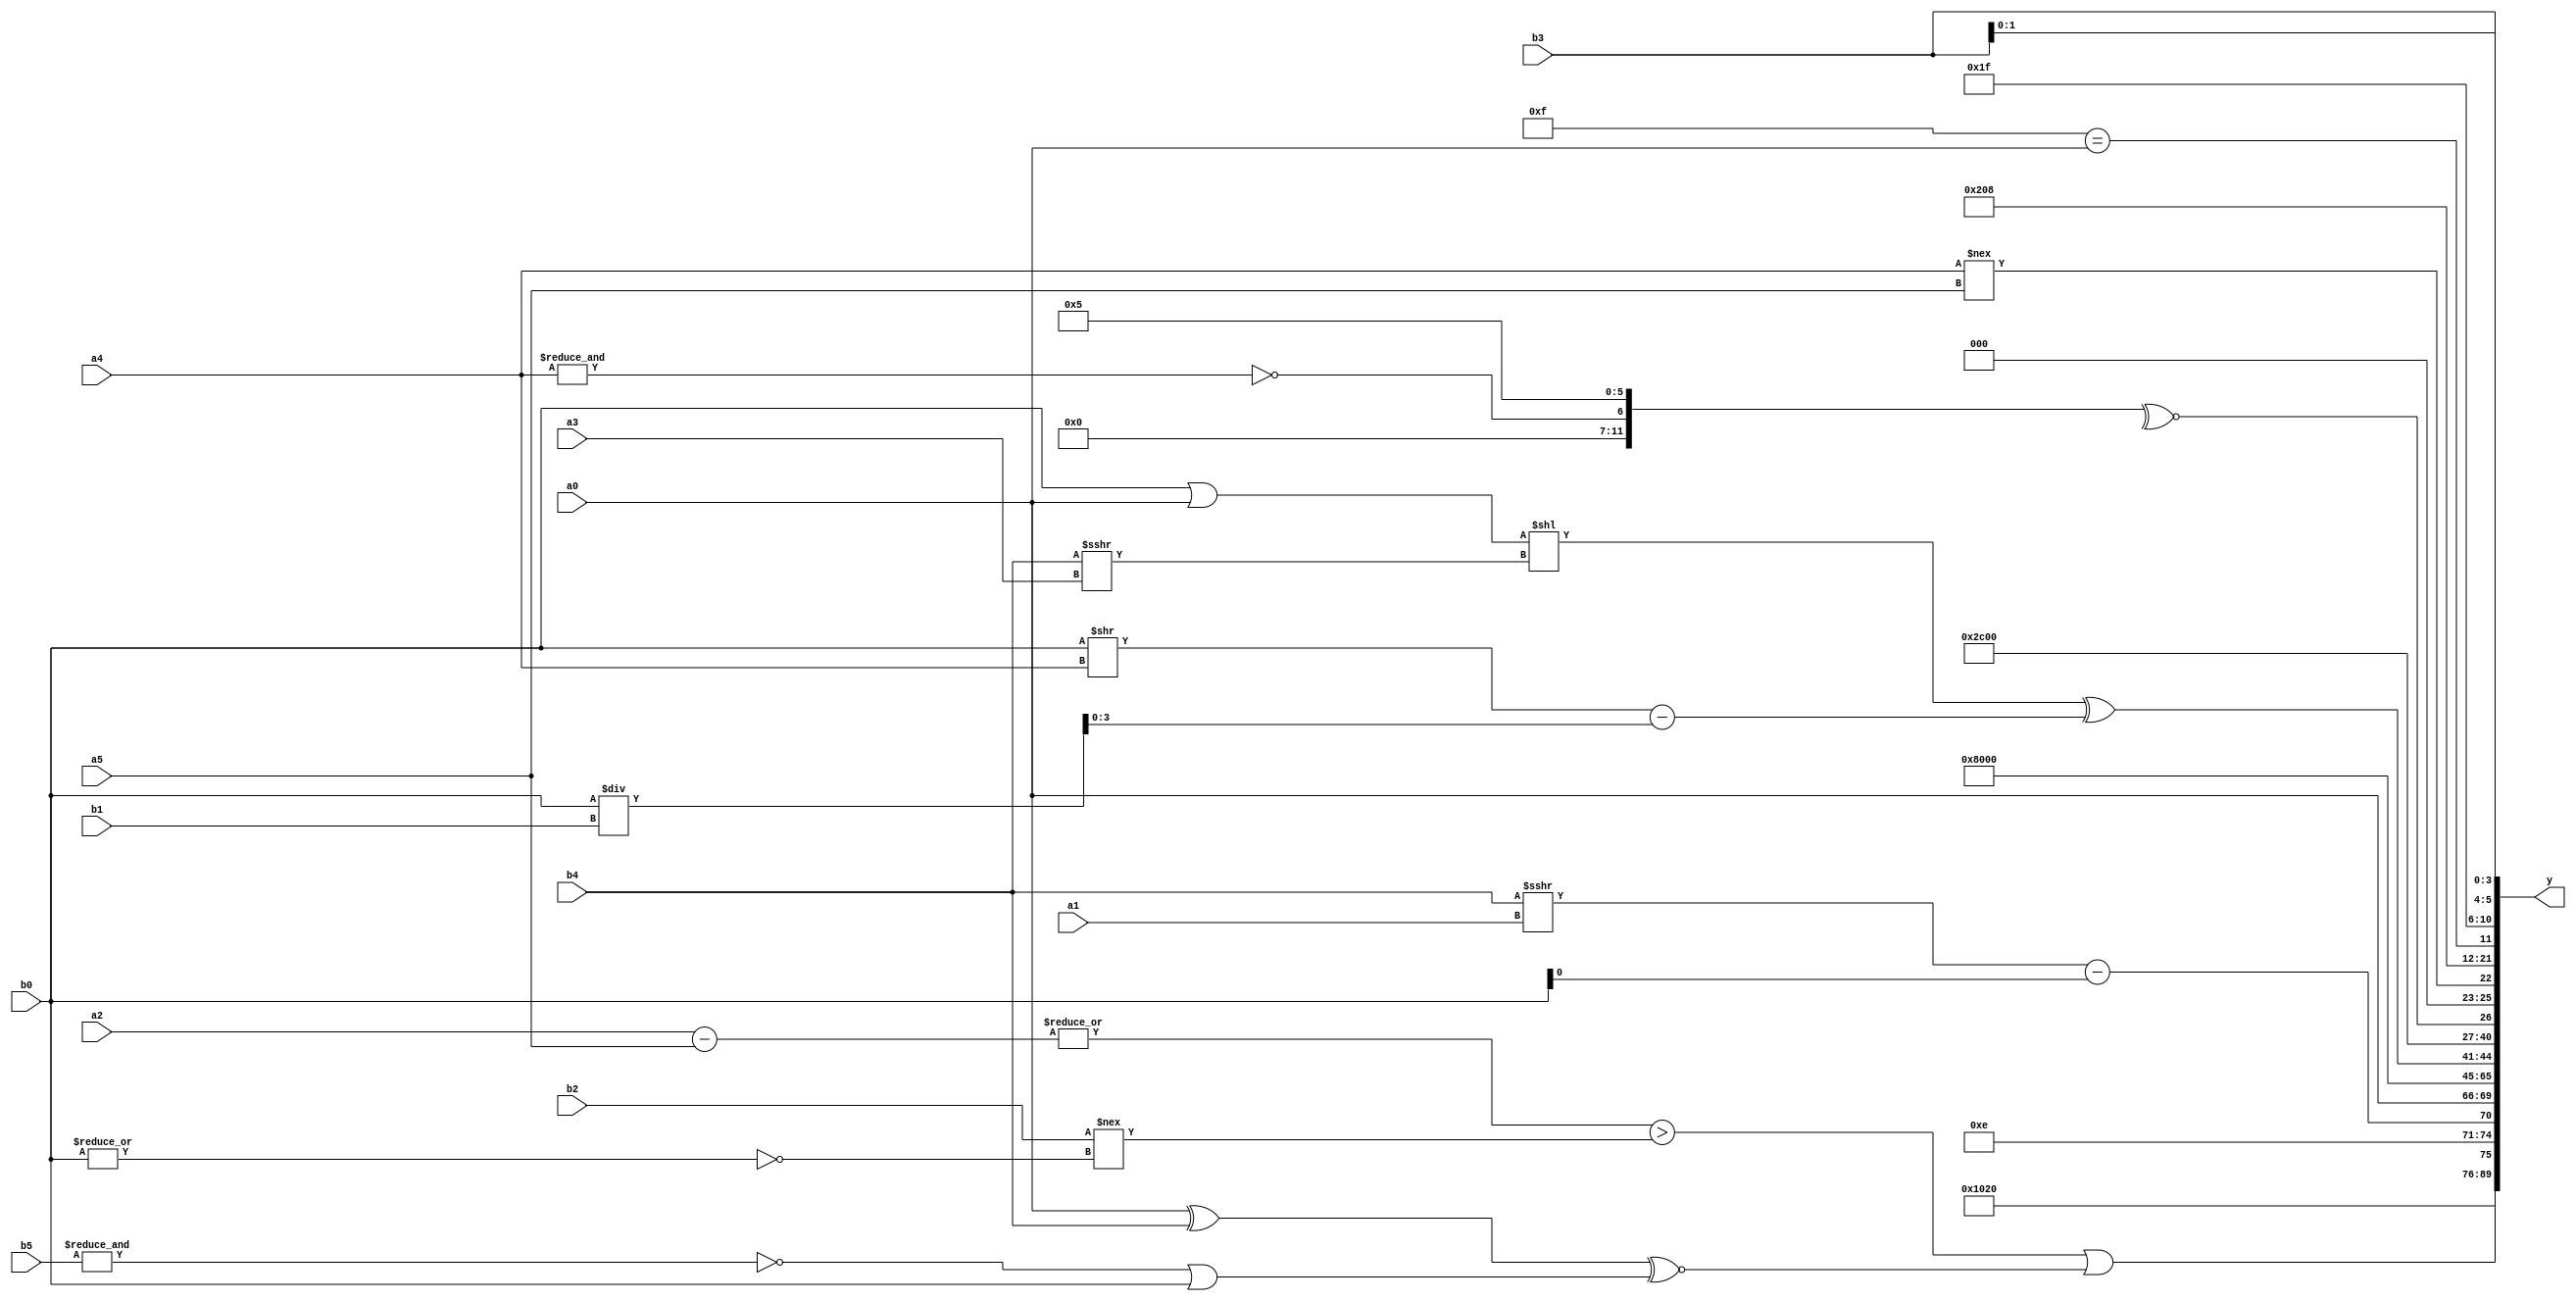
module expression_00460(a0, a1, a2, a3, a4, a5, b0, b1, b2, b3, b4, b5, y);
  input [3:0] a0;
  input [4:0] a1;
  input [5:0] a2;
  input signed [3:0] a3;
  input signed [4:0] a4;
  input signed [5:0] a5;

  input [3:0] b0;
  input [4:0] b1;
  input [5:0] b2;
  input signed [3:0] b3;
  input signed [4:0] b4;
  input signed [5:0] b5;

  wire [3:0] y0;
  wire [4:0] y1;
  wire [5:0] y2;
  wire signed [3:0] y3;
  wire signed [4:0] y4;
  wire signed [5:0] y5;
  wire [3:0] y6;
  wire [4:0] y7;
  wire [5:0] y8;
  wire signed [3:0] y9;
  wire signed [4:0] y10;
  wire signed [5:0] y11;
  wire [3:0] y12;
  wire [4:0] y13;
  wire [5:0] y14;
  wire signed [3:0] y15;
  wire signed [4:0] y16;
  wire signed [5:0] y17;

  output [89:0] y;
  assign y = {y0,y1,y2,y3,y4,y5,y6,y7,y8,y9,y10,y11,y12,y13,y14,y15,y16,y17};

  localparam [3:0] p0 = ((5'd27)<<<(-4'sd6));
  localparam [4:0] p1 = ((((5'sd1)!==(3'sd1))&&((2'd2)?(2'd0):(-5'sd6)))<(((2'd1)&&(-3'sd1))>>>((4'sd7)&(2'sd0))));
  localparam [5:0] p2 = ((((-4'sd7)<=(-2'sd1))>(!(+(2'd1))))>>>(|(&((!(2'sd1))>(+(-5'sd1))))));
  localparam signed [3:0] p3 = {1{(~|(~^((-2'sd0)>(2'd0))))}};
  localparam signed [4:0] p4 = ((2'd0)-(4'd3));
  localparam signed [5:0] p5 = {3{{3{{1{(2'sd1)}}}}}};
  localparam [3:0] p6 = ({2{(3'd5)}}<<<((5'sd12)==(2'd3)));
  localparam [4:0] p7 = ({(2'sd0)}=={{(4'sd7),(5'd14),(-2'sd1)},{(2'd3),(2'd3)}});
  localparam [5:0] p8 = (5'sd15);
  localparam signed [3:0] p9 = ({3{(3'sd0)}}?(((3'd3)!=(2'sd1))?(&(4'd14)):{2{(2'd2)}}):({4{(2'sd0)}}?(-5'sd0):(~&(2'd3))));
  localparam signed [4:0] p10 = {4{(-4'sd4)}};
  localparam signed [5:0] p11 = ({(2'd3)}<=((5'd0)&&(-4'sd6)));
  localparam [3:0] p12 = (((5'd15)+(-4'sd5))*(-2'sd0));
  localparam [4:0] p13 = {(-2'sd0)};
  localparam [5:0] p14 = (4'sd0);
  localparam signed [3:0] p15 = (5'd1);
  localparam signed [4:0] p16 = (6'd2 * ((2'd3)<<<(3'd2)));
  localparam signed [5:0] p17 = {{((-3'sd3)>>>(5'd2)),((3'd7)===(3'd6)),(~&(-4'sd6))},(&{(~^((5'sd7)===(5'sd3)))})};

  assign y0 = (-5'sd12);
  assign y1 = (~&{3{{2{p4}}}});
  assign y2 = ({1{((|(a2-a5))>($unsigned(b2)!==(~|b0)))}}||($unsigned((a0^b4))^~((~&b5)|(b0))));
  assign y3 = (5'sd14);
  assign y4 = {($unsigned(p8)==(b0?p10:p14)),((b4>>>a1)-{b0}),(p1?a0:p9)};
  assign y5 = ((b5===b5)!=(p17<<p8));
  assign y6 = ($signed((+{1{(-p14)}}))<<((!p12)^~{p3}));
  assign y7 = (&{1{{3{(2'sd1)}}}});
  assign y8 = {2{{1{{(p4?p0:p7)}}}}};
  assign y9 = (((b0|a0)<<(b4>>>a3))^((b0>>a4)-(b0/b1)));
  assign y10 = (((+p8)>>(5'd24))-(5'sd10));
  assign y11 = ((+((^(p3+p2))!=(~&{1{p17}})))<{2{{2{(&p8)}}}});
  assign y12 = (^(~^{(p16?p7:p15),(~&a4),(-p17)}));
  assign y13 = {(a4!==a5),(~|p7)};
  assign y14 = (~^{2{(~|(^p3))}});
  assign y15 = (p8==a0);
  assign y16 = $signed((-5'sd1));
  assign y17 = $unsigned({2{b3}});
endmodule